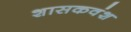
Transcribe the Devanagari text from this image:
शासकवंश